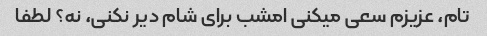
تام، عزیزم سعی میکنی امشب برای شام دیر نکنی، نه؟ لطفا